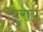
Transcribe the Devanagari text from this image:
युराय